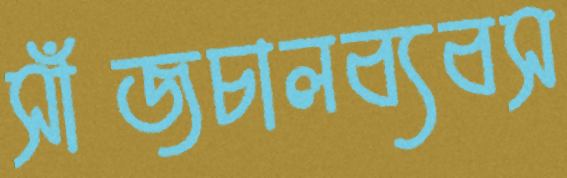
সাঁজচালব্যবস